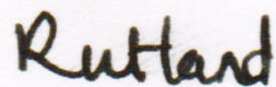
RuHand